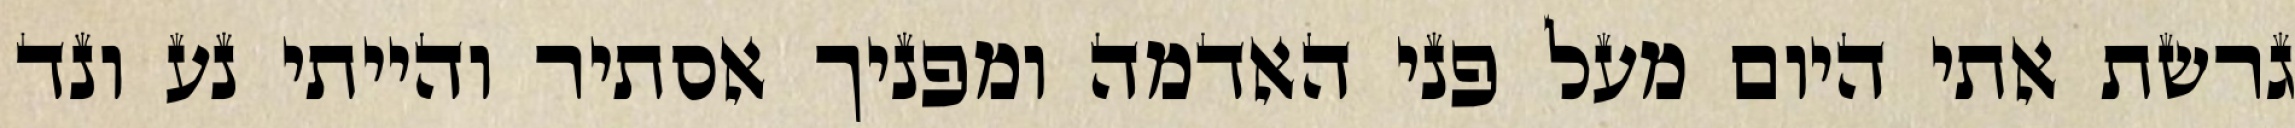
גרשת אתי היום מעל פני האדמה ומפניך אסתיר והייתי נע ונד